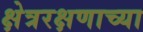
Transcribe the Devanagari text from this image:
क्षेत्ररक्षणाच्या